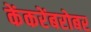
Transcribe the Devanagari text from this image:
केंकरेंबरोबर